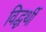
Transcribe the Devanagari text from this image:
विद्धर्थी